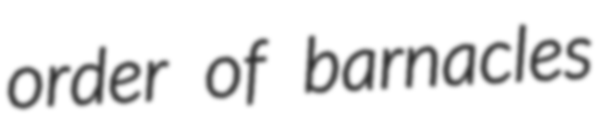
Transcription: order of barnacles